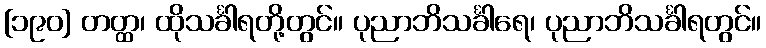
[၁၉၀] တတ္ထ၊ ထိုသင်္ခါရတို့တွင်။ ပုညာဘိသင်္ခါရေ၊ ပုညာဘိသင်္ခါရတွင်။